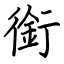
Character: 銜